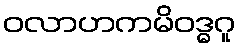
ဝလာဟကမိဝဒ္ဓဂူ